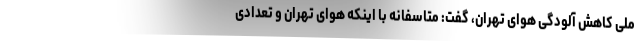
ملی کاهش آلودگی هوای تهران، گفت: متاسفانه با اینکه هوای تهران و تعدادی